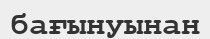
бағынуынан